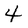
Character: 4